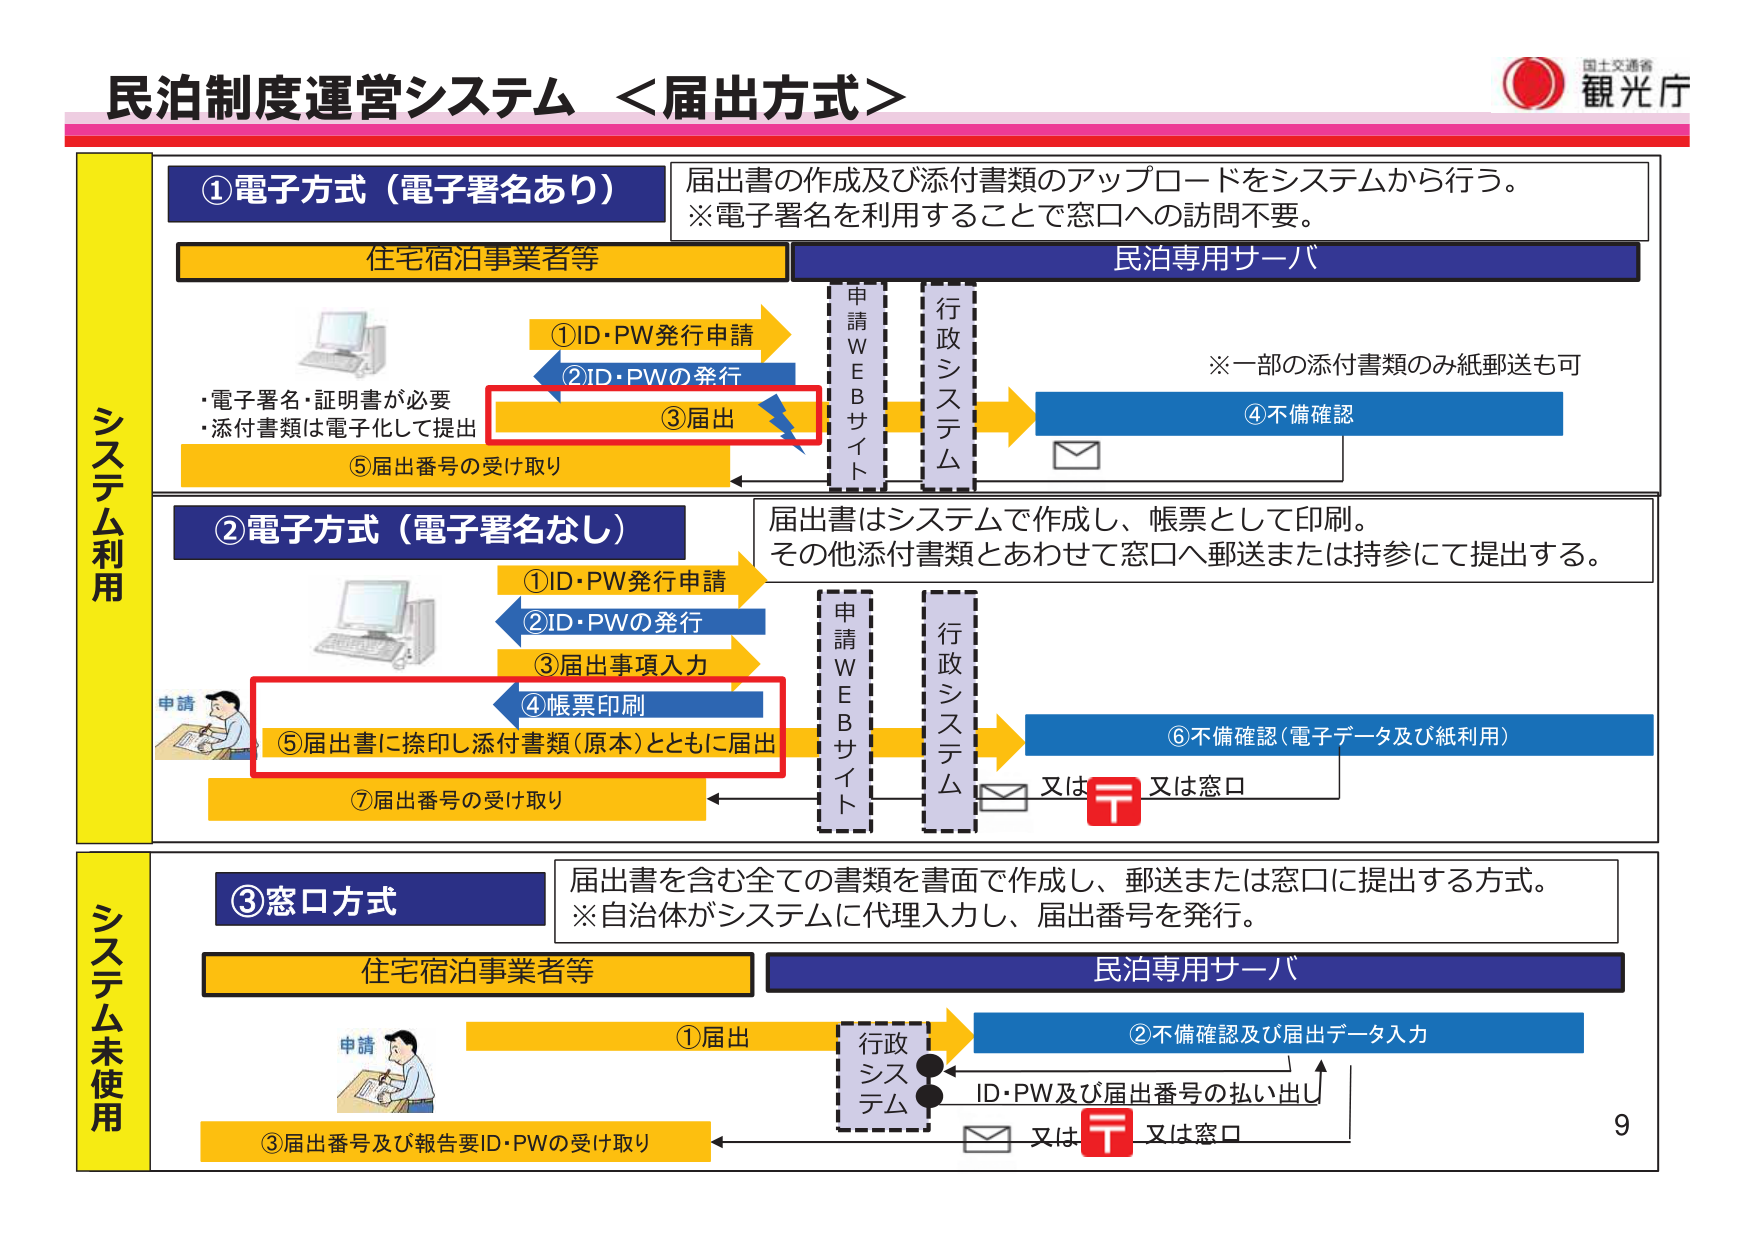
民泊制度運営システム <届出方式>

国士交通省
観光庁

①電子方式（電子署名あり）
届出書の作成及び添付書類のアップロードをシステムから行う。
※電子署名を利用することで窓口への訪問不要。

住宅宿泊事業者等
民泊専用サーバ

①ID・PW発行申請
②ID・PWの発行
③届出
④不備確認

※一部の添付書類のみ紙郵送も可

・電子署名・証明書が必要
・添付書類は電子化して提出
⑤届出番号の受け取り

②電子方式（電子署名なし）
届出書はシステムで作成し、帳票として印刷。
その他添付書類とあわせて窓口へ郵送または持参にて提出する。

①ID・PW発行申請
②ID・PWの発行
③届出事項入力
④帳票印刷
⑤届出書に捺印し添付書類（原本）とともに届出
⑥不備確認（電子データ及び紙利用）
⑦届出番号の受け取り

又は
又は窓口

③窓口方式
届出書を含む全ての書類を書面で作成し、郵送または窓口に提出する方式。
※自治体がシステムに代理入力し、届出番号を発行。

住宅宿泊事業者等
民泊専用サーバ

①届出
②不備確認及び届出データ入力
ID・PW及び届出番号の払い出し
③届出番号及び報告要ID・PWの受け取り

又は
又は窓口

システム利用
システム未使用

9